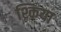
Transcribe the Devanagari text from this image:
श्किया